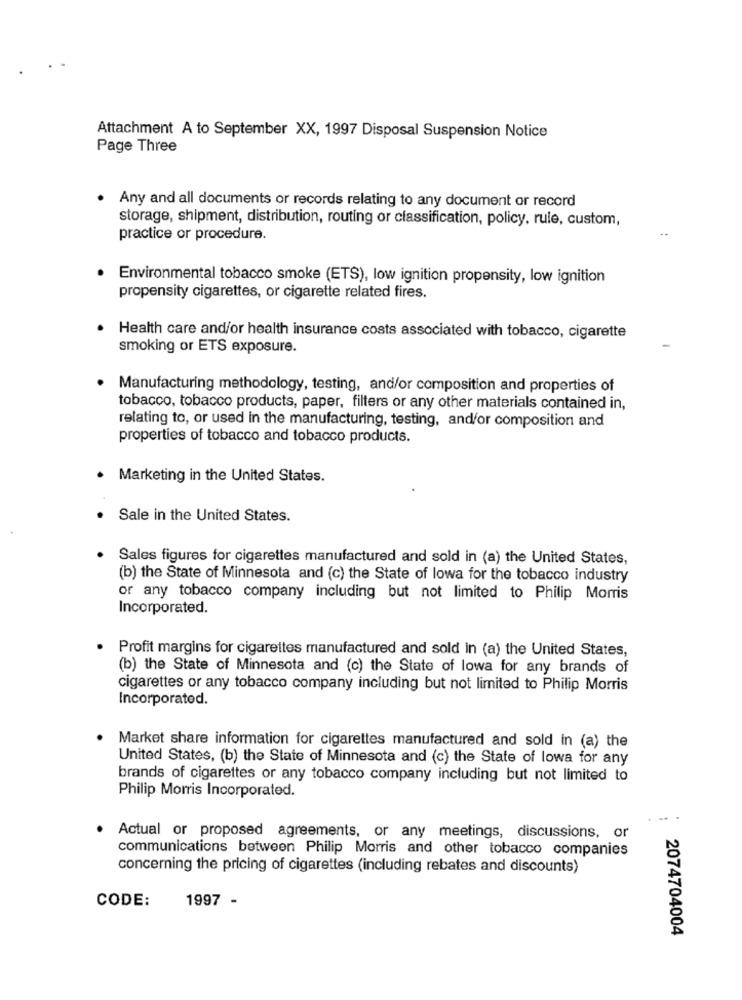
Attachment A to September XX, 1997 Disposal Suspension Notice
Page Three
Any and all documents or records relating to any document or record
storage, shipment, distribution, routing or classification, policy, rule, custom,
practice or procedure.
Environmental tobacco smoke (ETS), low ignition propensity, low ignition
propensity cigarettes, or cigarette related fires.
· Health care and/or health insurance costs associated with tobacco, cigarette
smoking or ETS exposure.
Manufacturing methodology, testing, and/or composition and properties of
tobacco, tobacco products, paper, filters or any other materials contained in,
relating to, or used in the manufacturing, testing, and/or composition and
properties of tobacco and tobacco products.
Marketing in the United States.
.
Sale in the United States.
· Sales figures for cigarettes manufactured and sold in (a) the United States,
(b) the State of Minnesota and (c) the State of lowa for the tobacco industry
or any tobacco company including but not limited to Philip Morris
Incorporated.
· Profit margins for cigarettes manufactured and sold in (a) the United States,
(b) the State of Minnesota and (c) the State of lowa for any brands of
cigarettes or any tobacco company including but not limited to Philip Morris
Incorporated.
Market share information for cigarettes manufactured and sold in (a) the
United States, (b) the State of Minnesota and (c) the State of lowa for any
brands of cigarettes or any tobacco company including but not limited to
Philip Morris Incorporated.
Actual or proposed agreements, or any meetings, discussions, or
communications between Philip Morris and other tobacco companies
concerning the pricing of cigarettes (including rebates and discounts)
CODE:
1997 -
2074704004